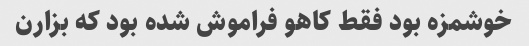
خوشمزه بود فقط کاهو فراموش شده بود که بزارن